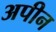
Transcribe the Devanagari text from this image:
अपीन